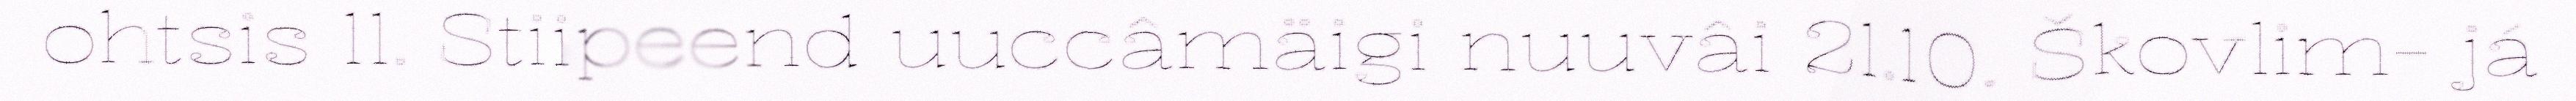
ohtsis 11. Stiipeend uuccâmäigi nuuvâi 21.10. Škovlim- já